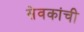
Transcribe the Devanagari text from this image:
सेवकांची